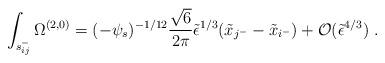
LaTeX: \begin{align*}\int_{s_{ij}^-} \Omega^{(2,0)} = (-\psi_s)^{-1/12}\frac{\sqrt{6}}{2 \pi}\tilde\epsilon^{1/3}(\tilde{x}_{j^-} - \tilde{x}_{i^-}) + {\cal O}(\tilde\epsilon^{4/3})\ .\end{align*}